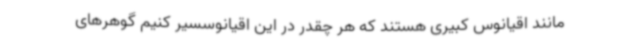
مانند اقیانوس کبیری هستند که هر چقدر در این اقیانوسسیر کنیم گوهرهای